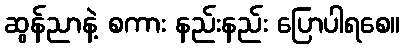
ဆွန်ညာနဲ့ စကား နည်းနည်း ပြောပါရစေ။